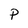
Character: P